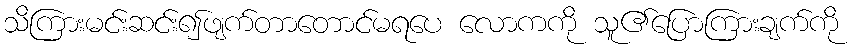
သိကြားမင်းဆင်း၍ဖျက်တာတောင်မရပေ လောကကို သူ၏ပြောကြားချက်ကို